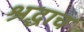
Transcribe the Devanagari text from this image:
श्रद्धाच